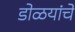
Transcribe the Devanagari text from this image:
डोळयांचे